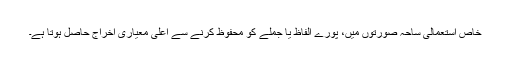
خاص استعمالی ساحہ صورتوں میں، پورے الفاظ یا جملے کو محفوظ کرنے سے اعلی معیاری اخراج حاصل ہوتا ہے۔